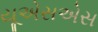
યૂએસએસ